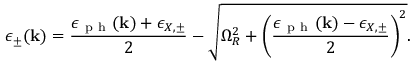
\epsilon _ { \pm } ( \mathbf { k } ) = \frac { \epsilon _ { \mathrm { ~ p ~ h ~ } } ( \mathbf { k } ) + \epsilon _ { X , \pm } } { 2 } - \sqrt { \Omega _ { R } ^ { 2 } + \left( \frac { \epsilon _ { \mathrm { ~ p ~ h ~ } } ( \mathbf { k } ) - \epsilon _ { X , \pm } } { 2 } \right) ^ { 2 } } .